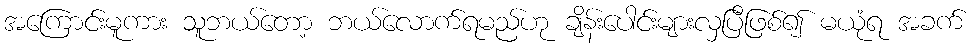
အကြောင်းမူကား သူဘယ်တော့ ဘယ်လောက်ရမည်ဟု ချိန်းပေါင်းများလှပြီဖြစ်၍ မယုံရ အခက်